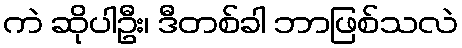
ကဲ ဆိုပါဦး၊ ဒီတစ်ခါ ဘာဖြစ်သလဲ